Civil Veterinary Department. Madras. Admin. report 1926-33 - 1926-1933
Year: 1926
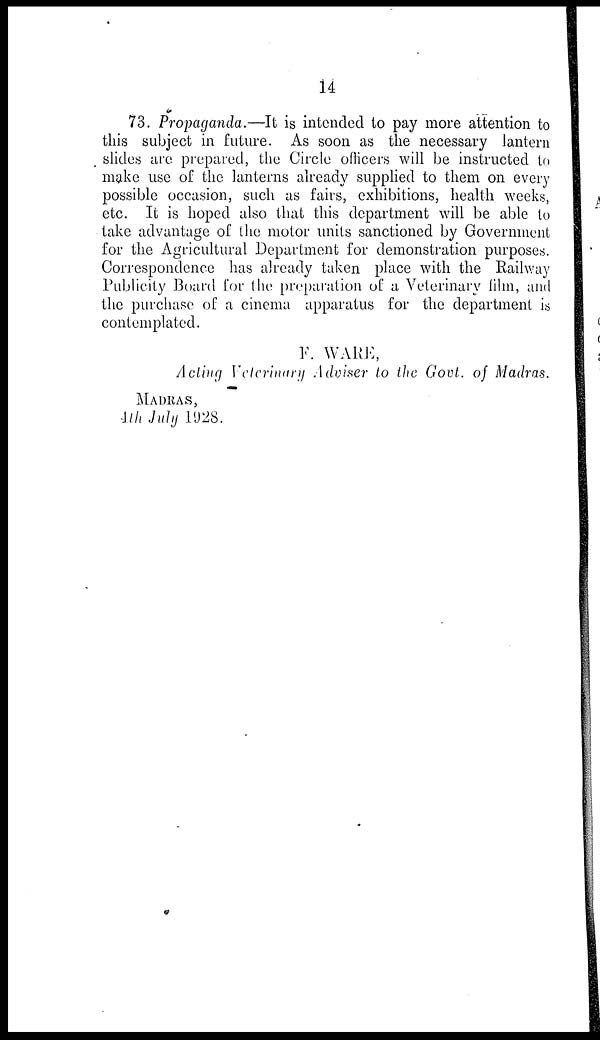
14
73. Propaganda.—It is intended to pay more attention to
this subject in future. As soon as the necessary lantern
slides are prepared, the Circle officers will be instructed to
make use of the lanterns already supplied to them on every
possible occasion, such as fairs, exhibitions, health weeks,
etc. It is hoped also that this department will be able to
take advantage of the motor units sanctioned by Government
for the Agricultural Department for demonstration purposes.
Correspondence has already taken place with the Railway
Publicity Board for the preparation of a Veterinary film, and
the purchase of a cinema apparatus for the department is
contemplated.
F. WARE,
Acting Veterinary Adviser to the Govt. of Madras.
MADRAS,
4th July 1928.